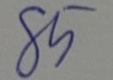
85